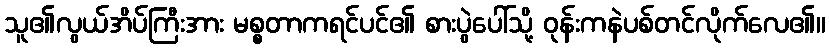
သူ၏လွယ်အိပ်ကြီးအား မစ္စတာကရင်ပင်၏ စားပွဲပေါ်သို့ ဝုန်းကနဲပစ်တင်လိုက်လေ၏။